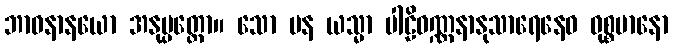
ဘာဝနာနယော အနုပ္ပတ္တော။ သော ပန ယသ္မာ ပါဠိဝဏ္ဏနာနုသာရေနေဝ ဝုစ္စမာနော